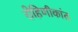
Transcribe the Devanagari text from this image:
रोहिणीकांत